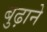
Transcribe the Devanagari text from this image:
बुढ़ाने